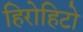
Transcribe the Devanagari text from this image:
हिरोहिटो